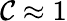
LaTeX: {\cal C}\approx 1